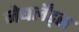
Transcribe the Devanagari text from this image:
नेधर्लेंड्स